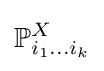
\mathbb {P} _{i_{1}\dots i_{k}}^{X}